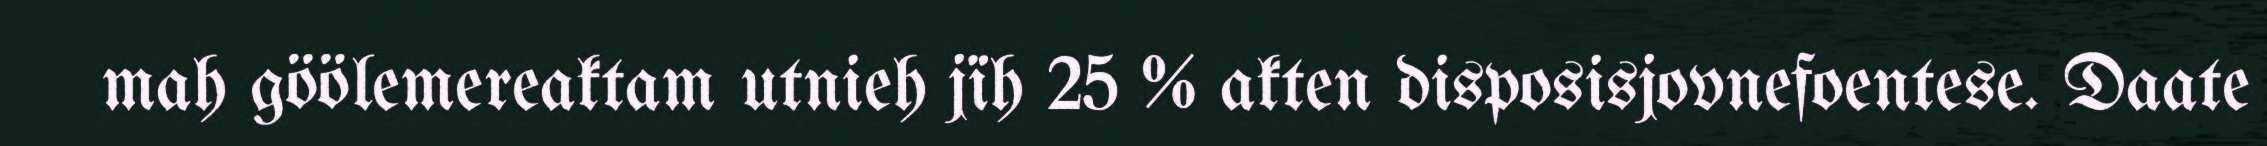
mah göölemereaktam utnieh jïh 25 % akten disposisjovnefoentese. Daate